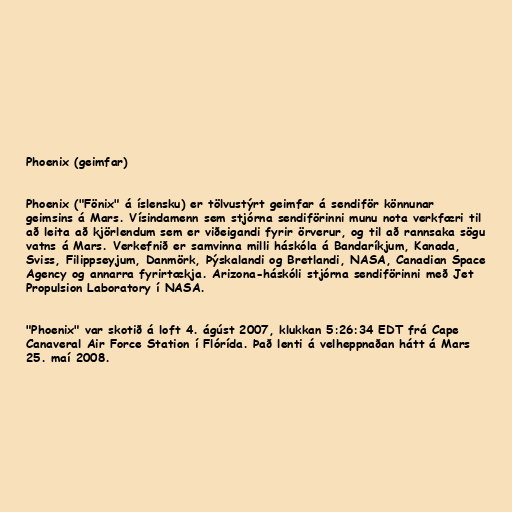
Phoenix (geimfar)

Phoenix ("Fönix" á íslensku) er tölvustýrt geimfar á sendiför könnunar
geimsins á Mars. Vísindamenn sem stjórna sendiförinni munu nota verkfæri til
að leita að kjörlendum sem er viðeigandi fyrir örverur, og til að rannsaka sögu
vatns á Mars. Verkefnið er samvinna milli háskóla á Bandaríkjum, Kanada,
Sviss, Filippseyjum, Danmörk, Þýskalandi og Bretlandi, NASA, Canadian Space
Agency og annarra fyrirtækja. Arizona-háskóli stjórna sendiförinni með Jet
Propulsion Laboratory í NASA.

"Phoenix" var skotið á loft 4. ágúst 2007, klukkan 5:26:34 EDT frá Cape
Canaveral Air Force Station í Flórída. Það lenti á velheppnaðan hátt á Mars
25. maí 2008.